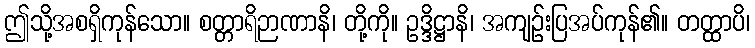
ဤသို့အစရှိကုန်သော။ စတ္တာရိဉာဏာနိ၊ တို့ကို။ ဥဒ္ဒိဋ္ဌာနိ၊ အကျဉ်းပြအပ်ကုန်၏။ တတ္ထာပိ၊